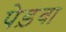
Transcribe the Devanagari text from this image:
पेड़वा